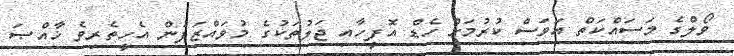
ވޯލްގެ މަސައްކަތް އަވަސް ކުރުމަށް ހެޑް އޮފީހާއި ޖަލުތަކުގެ މުވައްޒަފުން އެހީތެރިވެ ޚާއްޞަ